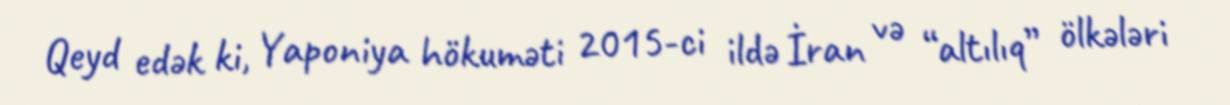
Qeyd edək ki, Yaponiya hökuməti 2015-ci ildə İran və “altılıq” ölkələri